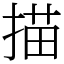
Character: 描